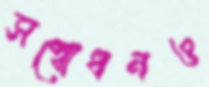
সম্বোধনও